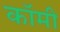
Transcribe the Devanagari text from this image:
कॉमी